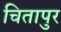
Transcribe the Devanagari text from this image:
चितापुर